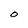
Character: 0